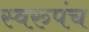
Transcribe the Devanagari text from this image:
स्वरुपंच